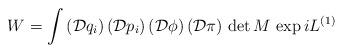
LaTeX: \begin{align*}W = \int\, (\mathcal{D} q_i )\, (\mathcal{D} p_i )\, (\mathcal{D} \phi )\, (\mathcal{D} \pi)\, \det M \, \exp i L^{(1)}\end{align*}